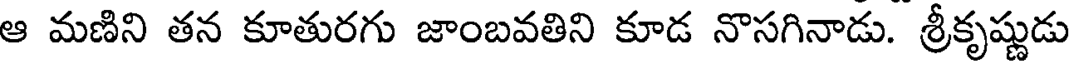
ఆ మణిని తన కూతురగు జాంబవతిని కూడ నొసగినాడు. శ్రీకృష్ణుడు